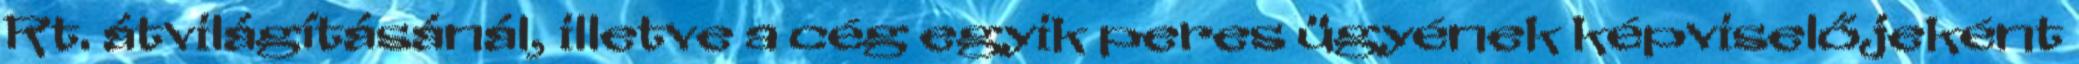
Rt. átvilágításánál, illetve a cég egyik peres ügyének képviselőjeként